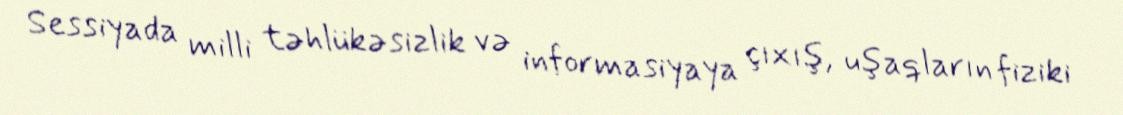
Sessiyada milli təhlükəsizlik və informasiyaya çıxış, uşaqların fiziki